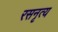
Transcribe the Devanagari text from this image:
रसनृत्य